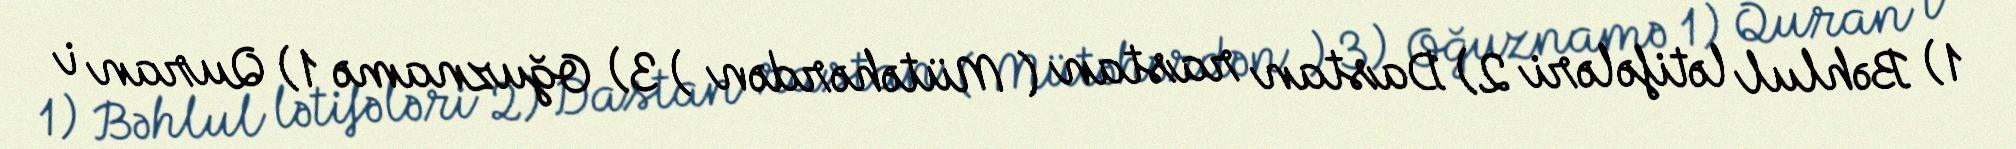
1) Bəhlul lətifələri 2) Dastan rastan ( Mütəhərdən ) 3) Oğuznamə 1) Quran i